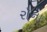
રૉના